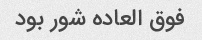
فوق العاده شور بود